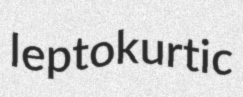
leptokurtic